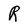
Character: R